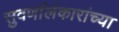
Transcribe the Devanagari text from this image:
सुवर्णालंकारांच्या